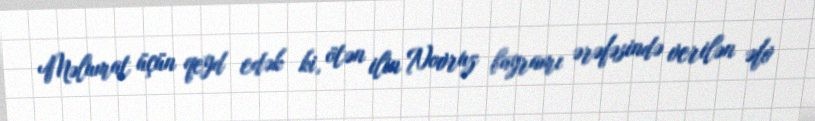
Məlumat üçün qeyd edək ki, ötən ilin Novruz bayramı ərəfəsində verilən əfv